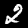
Digit: 2